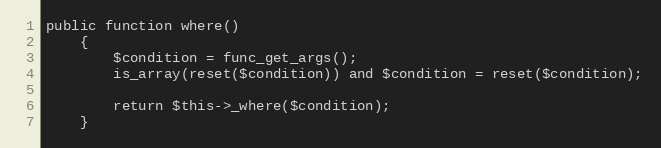
Language: PHP
public function where()
	{
		$condition = func_get_args();
		is_array(reset($condition)) and $condition = reset($condition);

		return $this->_where($condition);
	}